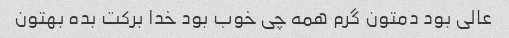
عالی بود دمتون گرم همه چی خوب بود خدا برکت بده بهتون